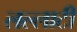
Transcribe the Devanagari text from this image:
लल्लाटीं